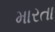
મારતા